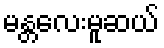
မန္တလေးမူဆယ်